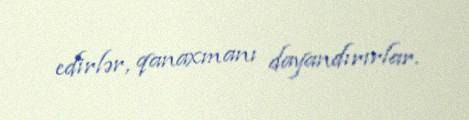
edirlər, qanaxmanı dayandırırlar.